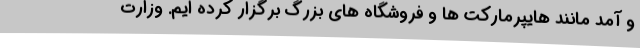
و آمد مانند هایپرمارکت ها و فروشگاه های بزرگ برگزار کرده ایم. وزارت